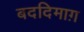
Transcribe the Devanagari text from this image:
बददिमाग़